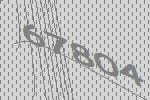
67804